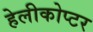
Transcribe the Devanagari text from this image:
हेलीकोप्टर